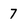
Character: 7